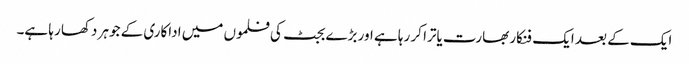
ایک کے بعد ایک فنکار بھارت یاترا کر رہا ہے اور بڑے بجٹ کی فلموں میں اداکاری کے جوہر دکھا رہا ہے۔